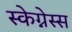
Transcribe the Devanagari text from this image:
स्केग्नेस्स